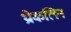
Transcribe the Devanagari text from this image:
थ्रोकलिन